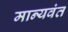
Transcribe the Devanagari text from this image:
मान्यवंत